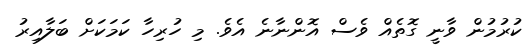
ކުރުމުން ވާނީ ގޮތެއް ވެސް އޮންނާނެ އެވެ. މި ހުރިހާ ކަމަަކަށް ބަލާއިރު